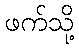
ဖက်သို့